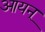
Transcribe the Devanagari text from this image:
आयन्